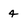
Character: 4